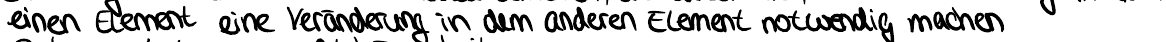
einen Element eine Veränderung in dem andren Element notwendig machen